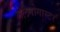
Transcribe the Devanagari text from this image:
मेलैनोगास्टर